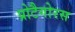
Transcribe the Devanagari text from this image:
प्रोटैगोरस